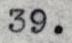
39.